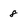
Character: 8